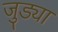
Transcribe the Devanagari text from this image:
जुड्या